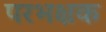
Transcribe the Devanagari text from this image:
परभक्षक